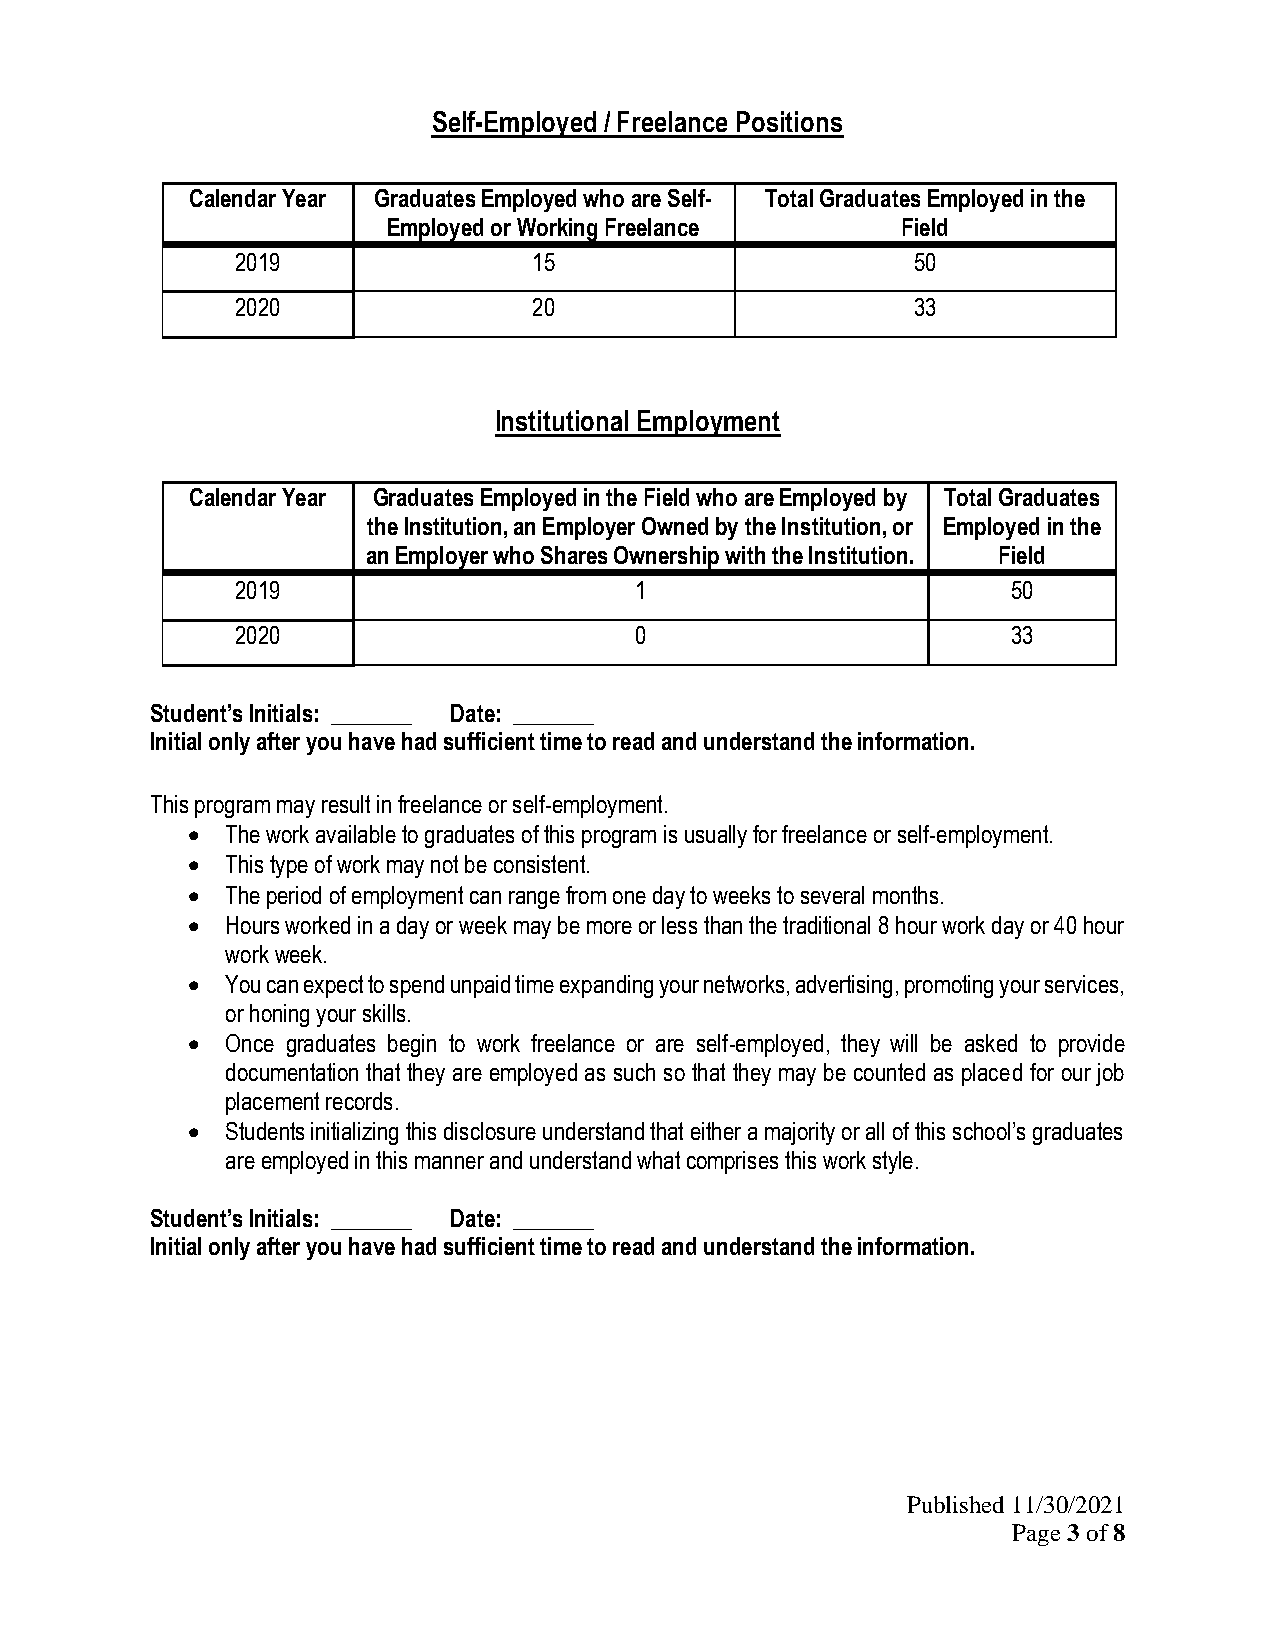
Self-Employed / Freelance Positions
 Calendar Year Graduates Employed who are Self- Total Graduates Employed in the
 Employed or Working Freelance     Field
 2019               15                        50
 2020               20                        33
 Institutional Employment
 Calendar Year Graduates Employed in the Field who are Employed by Total Graduates
 the Institution, an Employer Owned by the Institution, or Employed in the
 an Employer who Shares Ownership with the Institution. Field
 2019                      1                        50
 2020                      0                        33
 Student’s Initials: _______ Date: _______
 Initial only after you have had sufficient time to read and understand the information.
 This program may result in freelance or self-employment.
   The work available to graduates of this program is usually for freelance or self-employment.
   This type of work may not be consistent.
   The period of employment can range from one day to weeks to several months.
   Hours worked in a day or week may be more or less than the traditional 8 hour work day or 40 hour
 work week.
   You can expect to spend unpaid time expanding your networks, advertising, promoting your services,
 or honing your skills.
   Once graduates begin to work freelance or are self-employed, they will be asked to provide
 documentation that they are employed as such so that they may be counted as placed for our job
 placement records.
   Students initializing this disclosure understand that either a majority or all of this school’s graduates
 are employed in this manner and understand what comprises this work style.
 Student’s Initials: _______ Date: _______
 Initial only after you have had sufficient time to read and understand the information.
 Published 11/30/2021
 Page 3 of 8